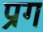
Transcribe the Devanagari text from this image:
प्रग